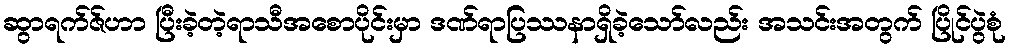
ဆွာရက်ဇ်ဟာ ပြီးခဲ့တဲ့ရာသီအစောပိုင်းမှာ ဒဏ်ရာပြဿနာရှိခဲ့သော်လည်း အသင်းအတွက် ပြိုင်ပွဲစုံ